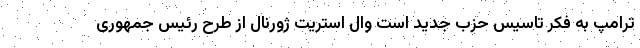
ترامپ به فکر تاسیس حزب جدید است وال استریت ژورنال از طرح رئیس جمهوری